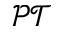
\mathcal { P T }